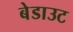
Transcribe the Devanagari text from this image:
बेडाउट